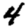
Digit: 4